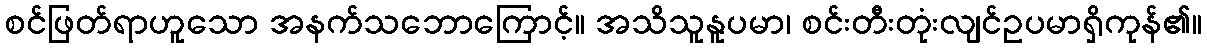
စင်ဖြတ်ရာဟူသော အနက်သဘောကြောင့်။ အသိသူနူပမာ၊ စင်းတီးတုံးလျင်ဥပမာရှိကုန်၏။